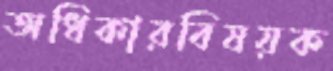
অধিকারবিষয়ক